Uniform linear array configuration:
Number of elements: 64
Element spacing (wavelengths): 0.5
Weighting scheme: blackman
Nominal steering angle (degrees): -30
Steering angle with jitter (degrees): -30.218
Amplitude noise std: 0.05
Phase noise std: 0.05

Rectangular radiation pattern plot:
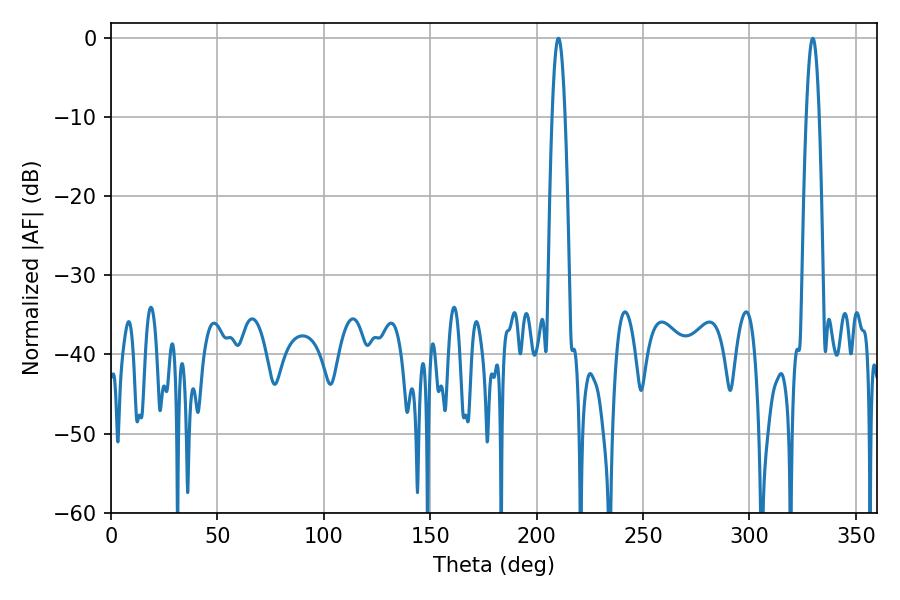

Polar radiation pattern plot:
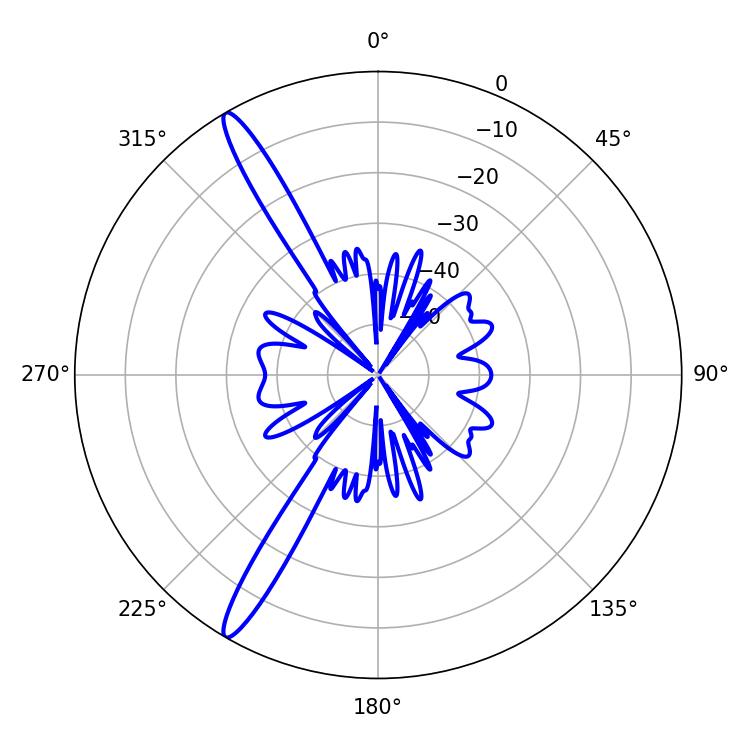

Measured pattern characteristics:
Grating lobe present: FALSE
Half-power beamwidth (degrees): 3.24
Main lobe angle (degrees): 210.24